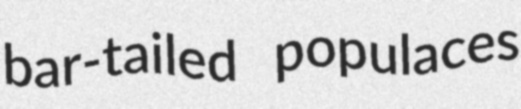
bar-tailed populaces